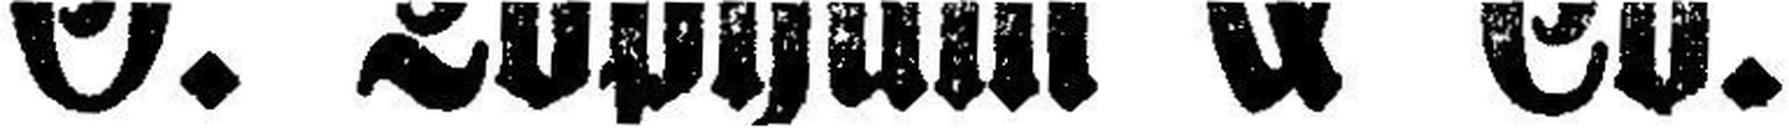
G. Topham & Co.